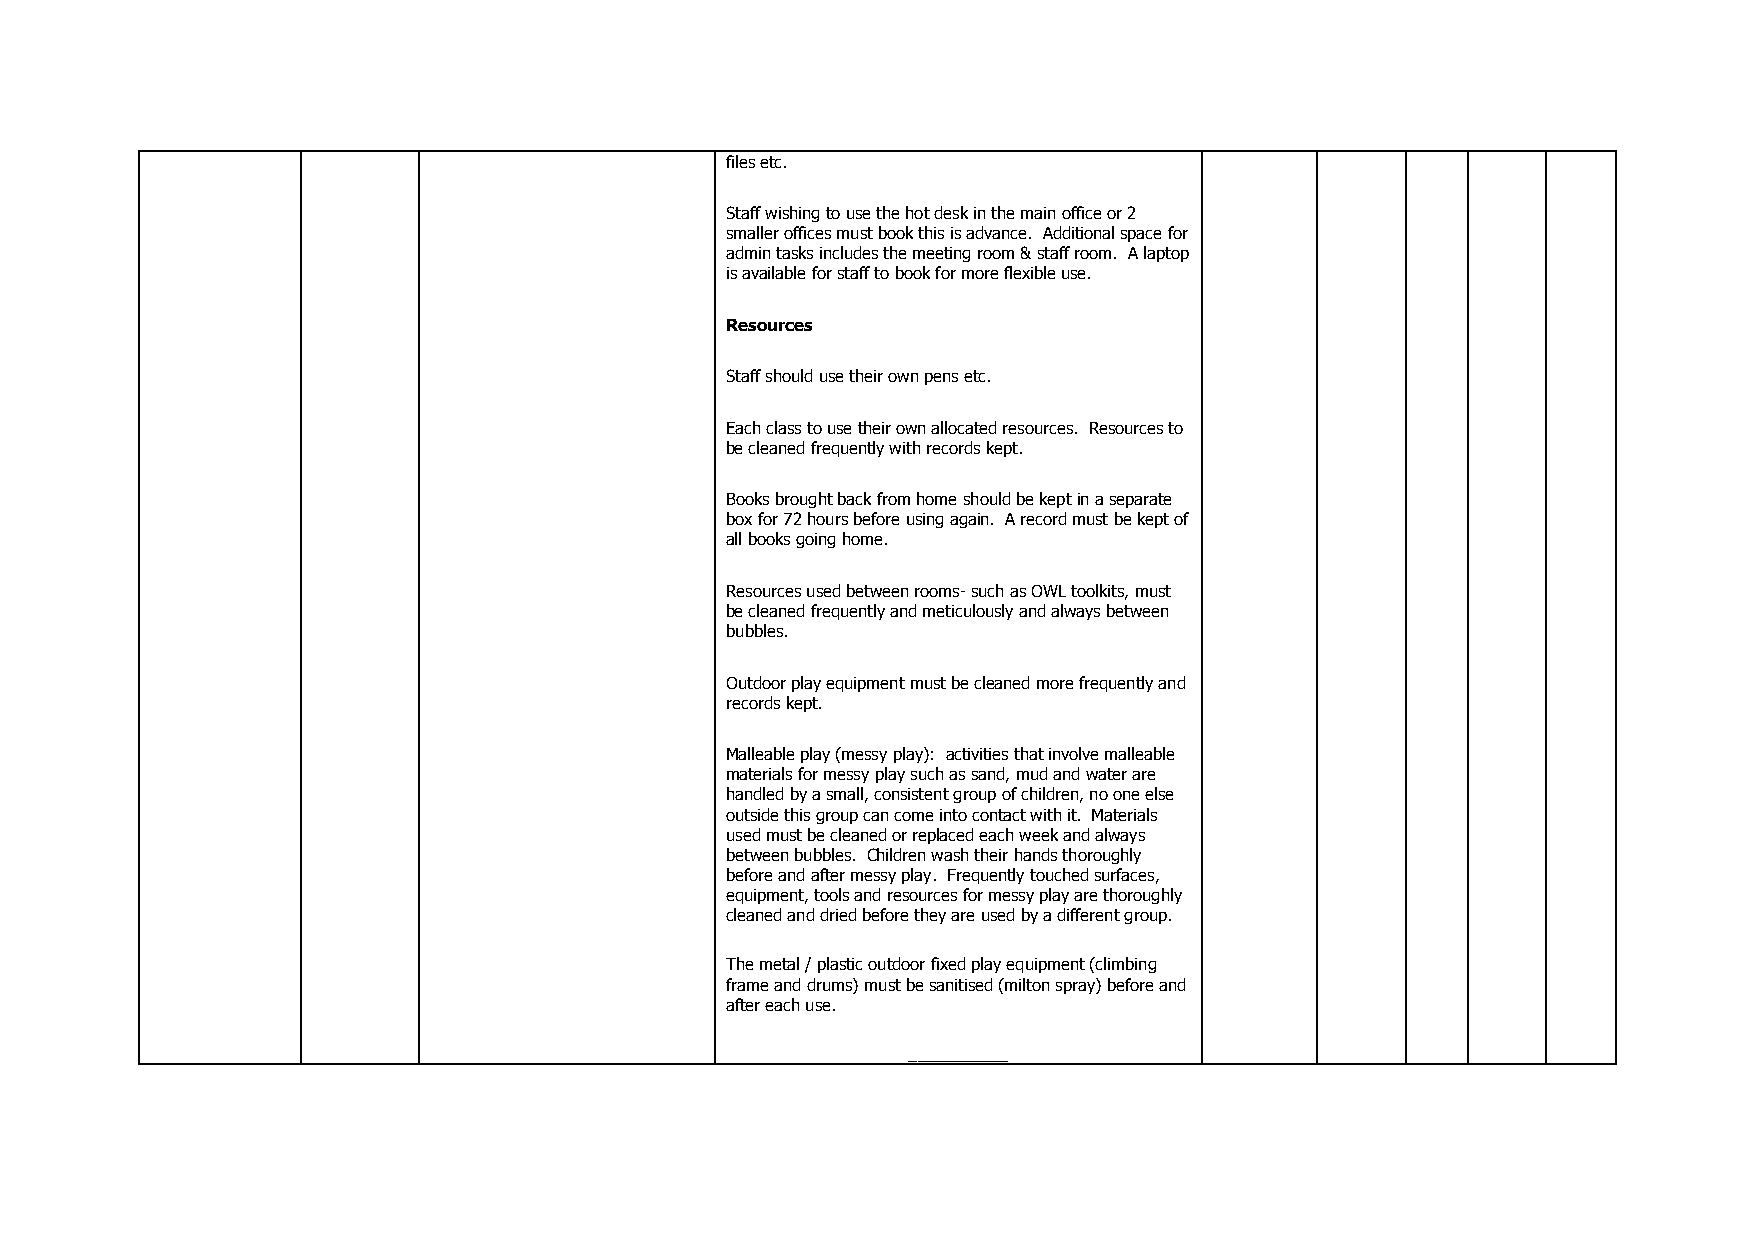
files etc.
 Staff wishing to use the hot desk in the main office or 2
 smaller offices must book this is advance. Additional space for
 admin tasks includes the meeting room & staff room. A laptop
 is available for staff to book for more flexible use.
 Resources
 Staff should use their own pens etc.
 Each class to use their own allocated resources. Resources to
 be cleaned frequently with records kept.
 Books brought back from home should be kept in a separate
 box for 72 hours before using again. A record must be kept of
 all books going home.
 Resources used between rooms- such as OWL toolkits, must
 be cleaned frequently and meticulously and always between
 bubbles.
 Outdoor play equipment must be cleaned more frequently and
 records kept.
 Malleable play (messy play): activities that involve malleable
 materials for messy play such as sand, mud and water are
 handled by a small, consistent group of children, no one else
 outside this group can come into contact with it. Materials
 used must be cleaned or replaced each week and always
 between bubbles. Children wash their hands thoroughly
 before and after messy play. Frequently touched surfaces,
 equipment, tools and resources for messy play are thoroughly
 cleaned and dried before they are used by a different group.
 The metal / plastic outdoor fixed play equipment (climbing
 frame and drums) must be sanitised (milton spray) before and
 after each use.
 ___________